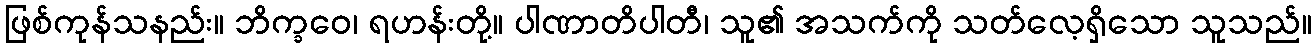
ဖြစ်ကုန်သနည်း။ ဘိက္ခဝေ၊ ရဟန်းတို့။ ပါဏာတိပါတီ၊ သူ၏ အသက်ကို သတ်လေ့ရှိသော သူသည်။